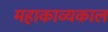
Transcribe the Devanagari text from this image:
महाकाव्‍यकाल